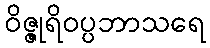
ဝိဇ္ဇုရိဝပ္ပဘာသရေ